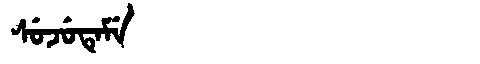
Manchu: ᠰᡠᠵᡠᡨᡝᠮᡝ
Romanization: SUJUTEME